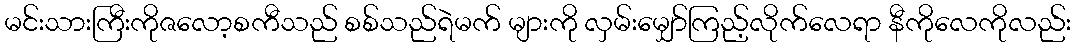
မင်းသားကြီးကိုဇလော့စကီသည် စစ်သည်ရဲမက် များကို လှမ်းမျှော်ကြည့်လိုက်လေရာ နီကိုလေကိုလည်း